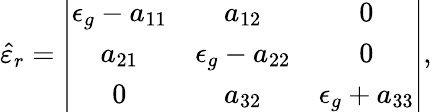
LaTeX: \hat{\varepsilon}_{r}=\left|\begin{array}{ccc}{{\epsilon_{g}-a_{11}}}&{{a_{12}}}&{{0}}\\ {{a_{21}}}&{{\epsilon_{g}-a_{22}}}&{{0}}\\ {{0}}&{{a_{32}}}&{{\epsilon_{g}+a_{33}}}\end{array}\right|,